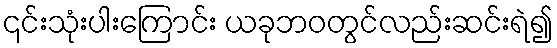
၎င်းသုံးပါးကြောင်း ယခုဘဝတွင်လည်းဆင်းရဲ၍